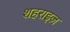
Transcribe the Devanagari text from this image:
शहराइज़